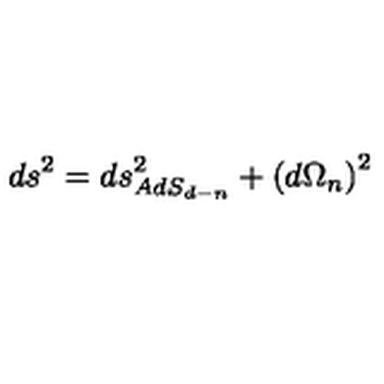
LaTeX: d s ^ { 2 } = d s _ { A d S _ { d - n } } ^ { 2 } + \left( d \Omega _ { n } \right) ^ { 2 }